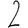
Digit: 2